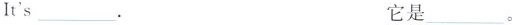
It's___. 它是___。